Lunatic asylums Punjab 1895-1910 - 1895-1910
Year: 1895
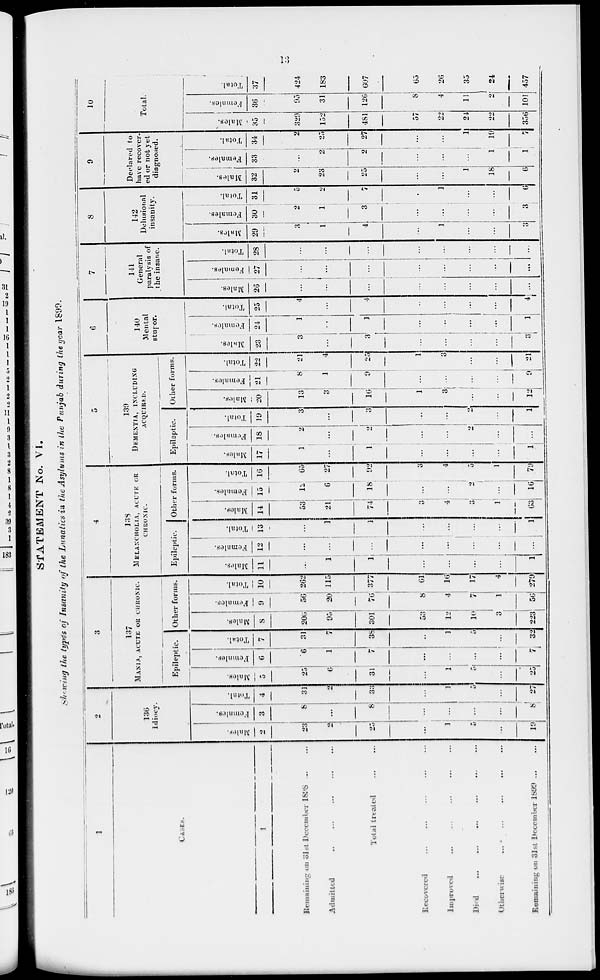
13
STATEMENT No. VI.
Showing the types of Insanity of the Lunatics in the Asylums in the Punjab during the year 1899.
1
CASES.
1
Remaining on 31st December 1898 ... ...
Admitted ... ... ... ... ... ...
Total treated ... ... ... ... ... ...
Recovered ... ... ... ... ... ...
Improved ... ... ... ... ... ...
Died ... ... ... ... ... ...
Otherwise
...
...
...
...
...
...
Remaining on 31st December 1899
...
...
2
136
Idiocy.
Males.
2
23
2
25
...
1
5
...
19
Females.
3
8
...
8
...
...
...
...
8
Total.
4
31
2
33
...
1
5
...
27
3
137
MANIA, ACUTE OR CERONIC.
Epileptic.
Males.
5
25
6
31
...
1
5
...
25
Females.
6
6
1
7
...
...
...
...
7
Total.
7
31
7
38
...
1
5
...
32
Other forms.
Males.
8
206
95
301
53
12
10
3
223
Females.
9
56
20
76
8
4
7
1
56
Total.
10
262
115
377
61
10
17
4
279
4
138
MELANCHOLIA, ACUTE OR
CHRONIC.
Epileptic.
Males.
11
...
1
1
...
...
...
...
1
Females.
12
...
...
...
...
...
...
...
...
Total.
13
...
1
1
...
...
...
...
1
Other forms.
Males.
14
53
21
74
3
4
3
1
63
Females.
15
12
6
18
...
...
2
16
Total.
16
65
27
92
3
4
5
1
79
5
139
DEMENTIA, INCLUDING
ACQUIRED.
Epileptic.
Males.
17
1
...
1
...
...
...
...
1
Females.
18
2
...
2
...
...
2
...
...
Total.
19
3
...
3
...
2
...
1
Other forms.
Males.
20
13
3
16
1
3
...
...
12
Females.
21
8
1
9
...
...
...
...
9
Total.
22
21
4
25
1
3
...
...
21
6
140
Mental
stupor.
Mal es .
23
3
...
3
...
...
...
3
Fe ma l
e s .
24
1
...
3
...
...
...
...
1
Total.
25
4
...
4
...
...
...
4
7
141
General
paralysis of
the insane.
Males.
26
...
...
...
...
...
...
...
...
Females.
27
...
...
...
...
...
...
...
...
Total.
28
...
...
...
...
...
...
...
...
8
142
Delusional
insanity.
Males.
29
3
1
4
...
1
...
...
3
Females.
30
2
1
3
...
...
...
...
3
Total.
31
5
2
7
...
1
...
...
6
9
Declared to
have recover-
ed or not yet
diagnosed.
Males.
32
2
23
25
...
...
1
18
6
Females.
33
...
2
2
...
...
...
1
1
Total.
34
2
25
27
...
...
1
19
7
10
Total.
Males.
35
329
152
481
57
22
24
22
356
Females.
36
95
31
126
8
4
11
2
101
Total.
37
424
183
607
65
26
35
24
457